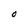
Character: O